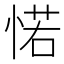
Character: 𢜪